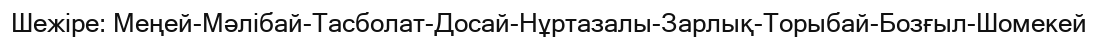
Шежіре: Меңей-Мәлібай-Тасболат-Досай-Нұртазалы-Зарлық-Торыбай-Бозғыл-Шомекей